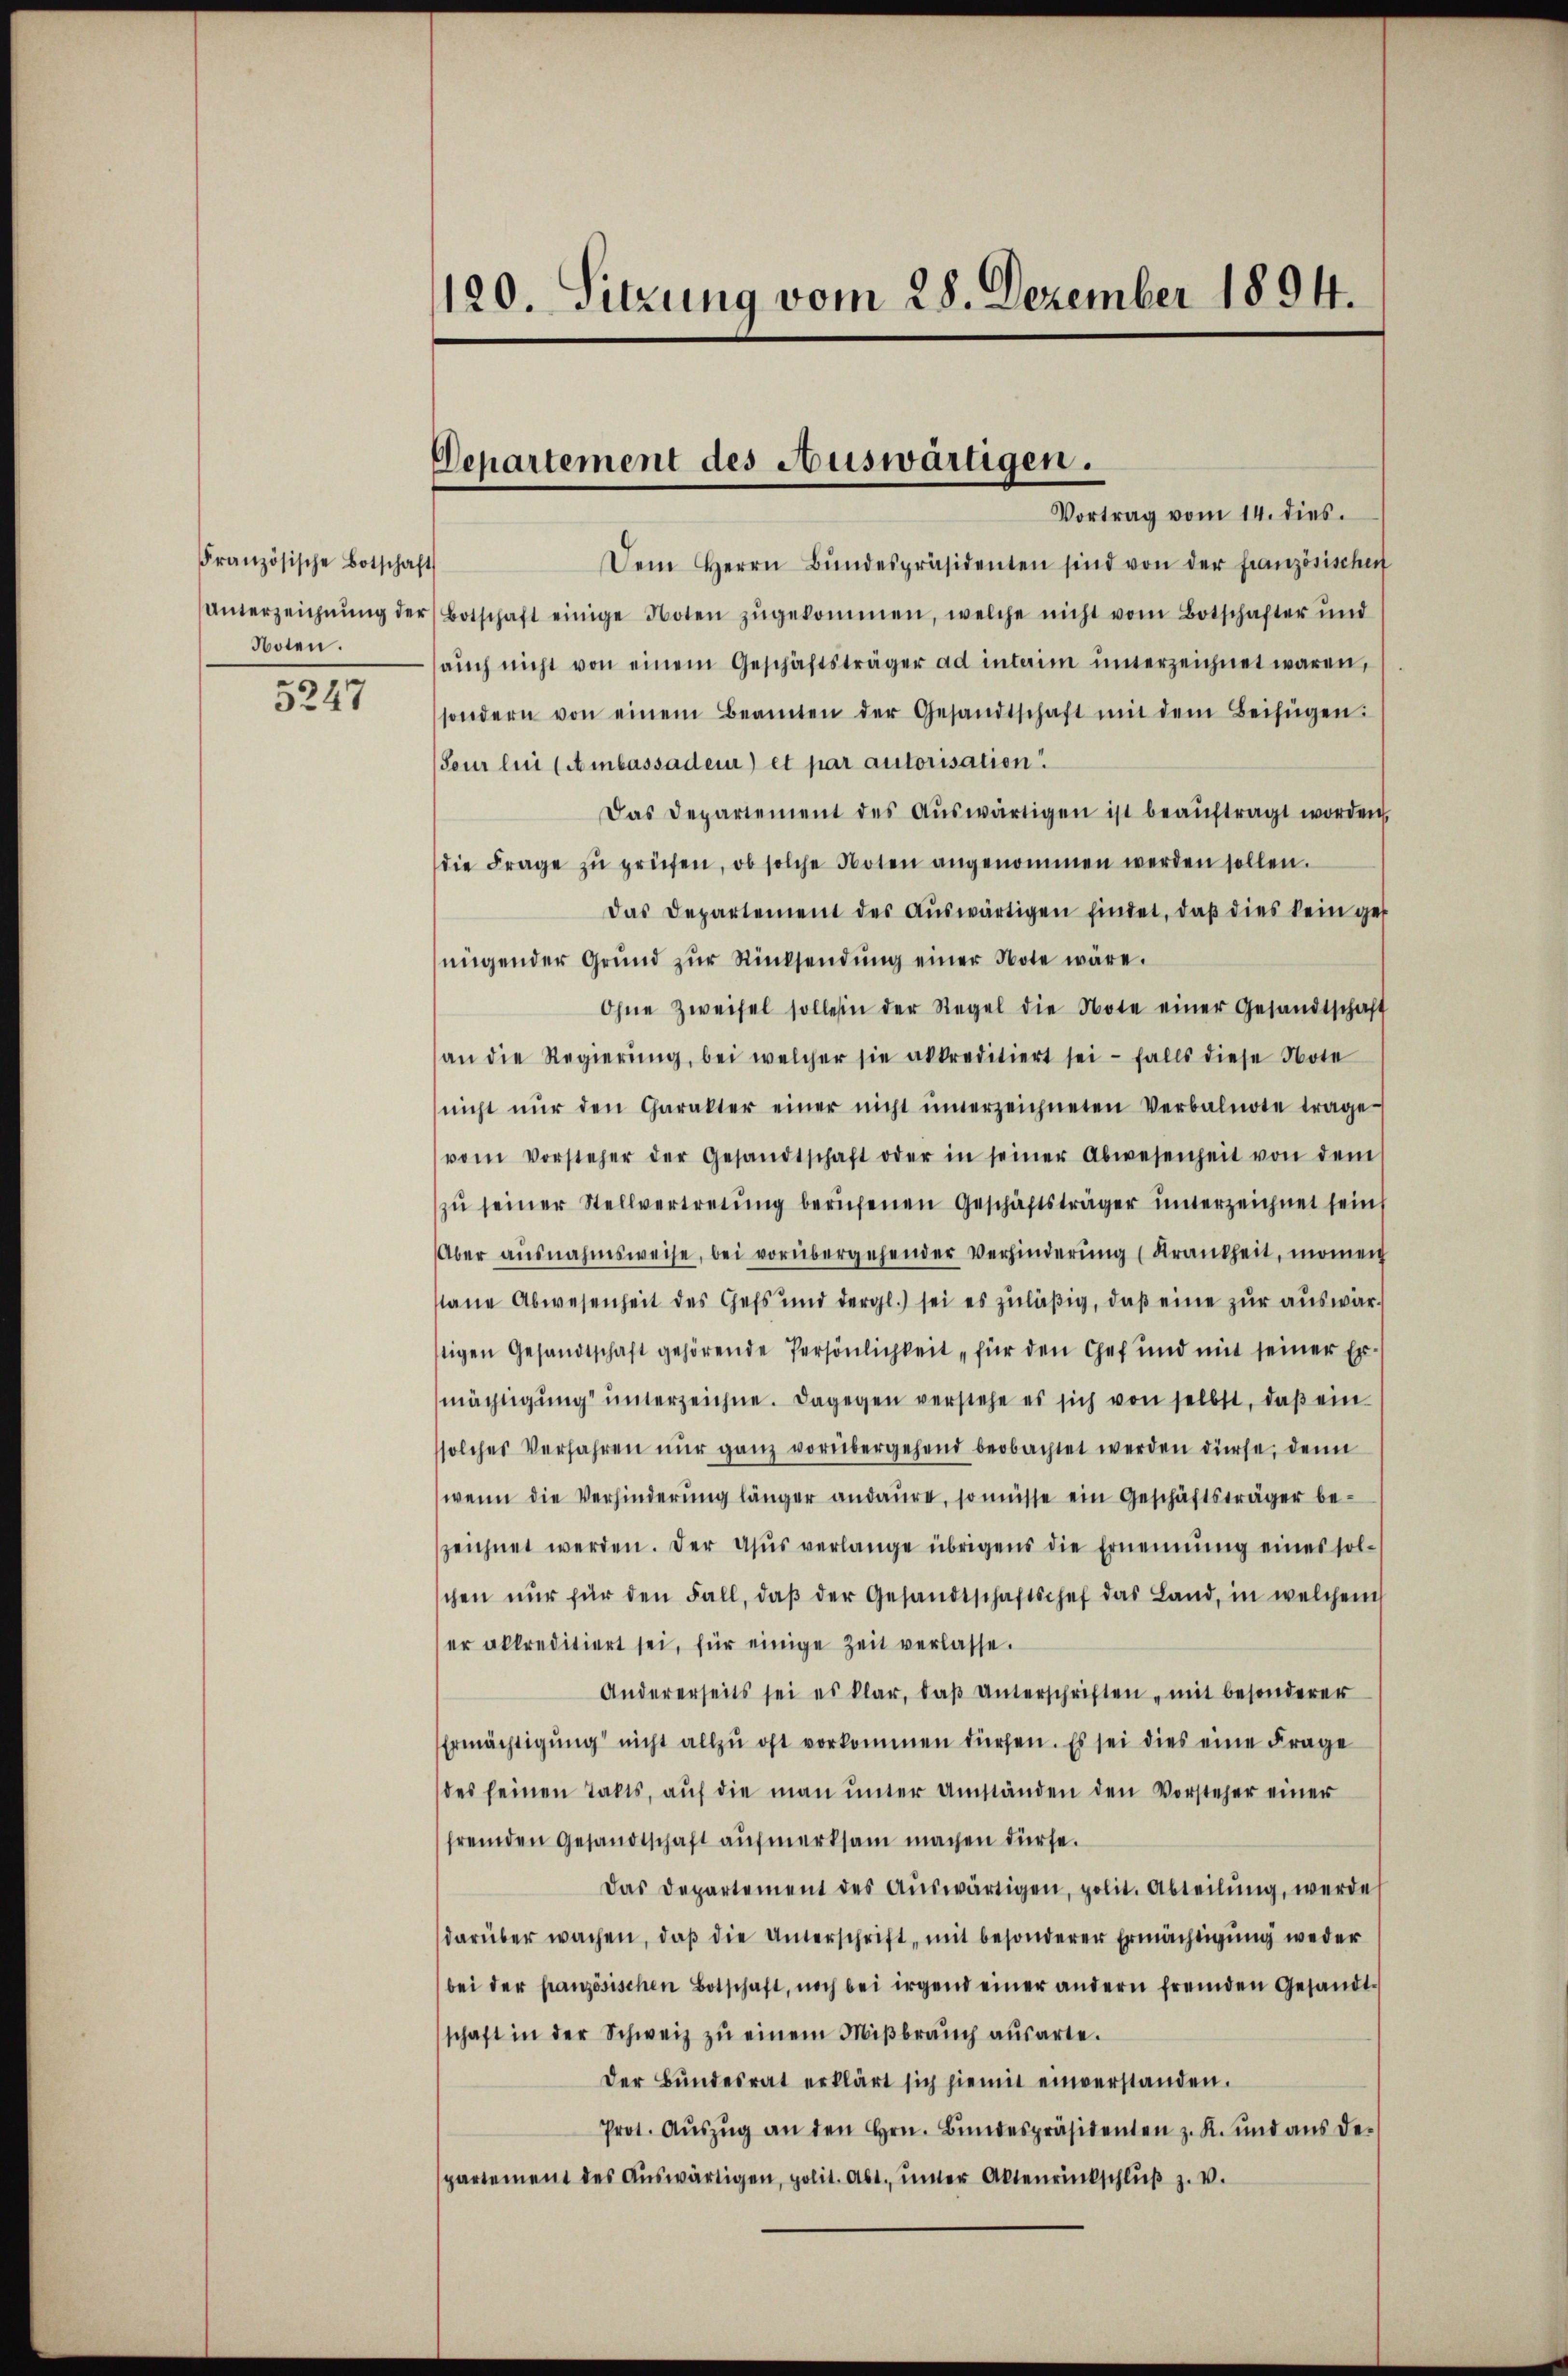
Französische Botschaft
Noten.

5247

120. Sitzung vom 28. Dezember 1894.

Departement des Auswärtigen.
Vortrag vom 14. dies.

Dem Herrn Bŭndespräsidenten sind von der französischen
¬
Unterzeichnŭng der Botschaft einige Noten zŭgekommen, welche nicht vom Botschafter und
aŭch nicht von einem Geschäftsträger ad interim ŭnterzeichnet waren,
sondern von einem Beamten der Gesandtschaft mit dem Beifügen:
Tour lui (Ambassadeur) et par autorisation.
Das Departement des Aŭswärtigen ist beaŭftragt worden.
die Frage zŭ prüfen, ob solche Noten angenommen werden sollen.
Das Departement des Aŭswärtigen findet, daβ dies kein ger
nügender Grŭnd zŭr Rücksendŭng einer Note wäre.
Ohne Zweifel sollen der Regel die Note einer Gesandtschaft
an die Regierŭng, bei welcher sie alkreditiert sei - falls diese Note
nicht nŭr den Charakter einer nicht inerzeichneten Verbalnote trage
vom Vorsteher der Gesandtschaft oder in seiner Abwesenheit von dem
zŭ seiner Stellvertretŭng berŭfenen Geschäftsträger unterzeichnet sein
Aber ausnahmsweise, bei vorübergehender Verhinderŭng (Krankheit, momen
sane Abwesenheit des Gefs und dergl.) sei es zuläßig, daβ eine zur auswärstigen Gesandtschaft gehörende Persönlichkeit für den Chef und mit seiner Ermächtigung unterzeichne. Dagegen verstehe es sich von selbst, daß ein
ssolches Verfahren nur ganz vorübergehend beobachtet werden dürfe, denn
wenn die Verhinderŭng länger andaure, so müsse ein Geschäftsträger bezeichnet werden. Der Aŭs verlange übrigens die Ernennung eines sol-
schen nur für den Fall, daβ der Gesandtschaftschef das Land, in welchem
er akkreditiert sei, für einige Zeit verlasse.
Andererseits sei es klar, daβ Unterschriften mit besonderer
Ermächtigŭng nicht allzu oft vorkommen dürfen. Es sei dies eine Frage
des seinen Talts, aŭf die man ŭnter Umständen den Vorsteher einer
fremden Gesandtschaft aufmerksam machen dürfe.
Das Departement des Aŭswärtigen, polit. Abteilŭng, werde
darüber wachen, daβ die Unterschrift, mit besonderer Ermächtigung weder
bei der französischen Botschaft, noch bei irgend einer andern fremden Gesandtschaft in der Schweiz zŭ einem Miβbraŭch aŭsarte.
Der Bŭndesrat erklärt sich hiemit einverstanden.
Prot. Aŭszŭg an den Hrn. Bŭndespräsidenten z. R. und aŭs der
partement des Aŭswärtigen, polit. Abt. ŭnter Aktenrinkschlŭβ z. v.